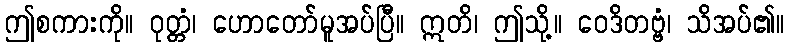
ဤစကားကို။ ဝုတ္တံ၊ ဟောတော်မူအပ်ပြီ။ ဣတိ၊ ဤသို့။ ဝေဒိတဗ္ဗံ၊ သိအပ်၏။